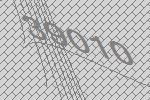
39010